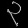
Digit: ၃